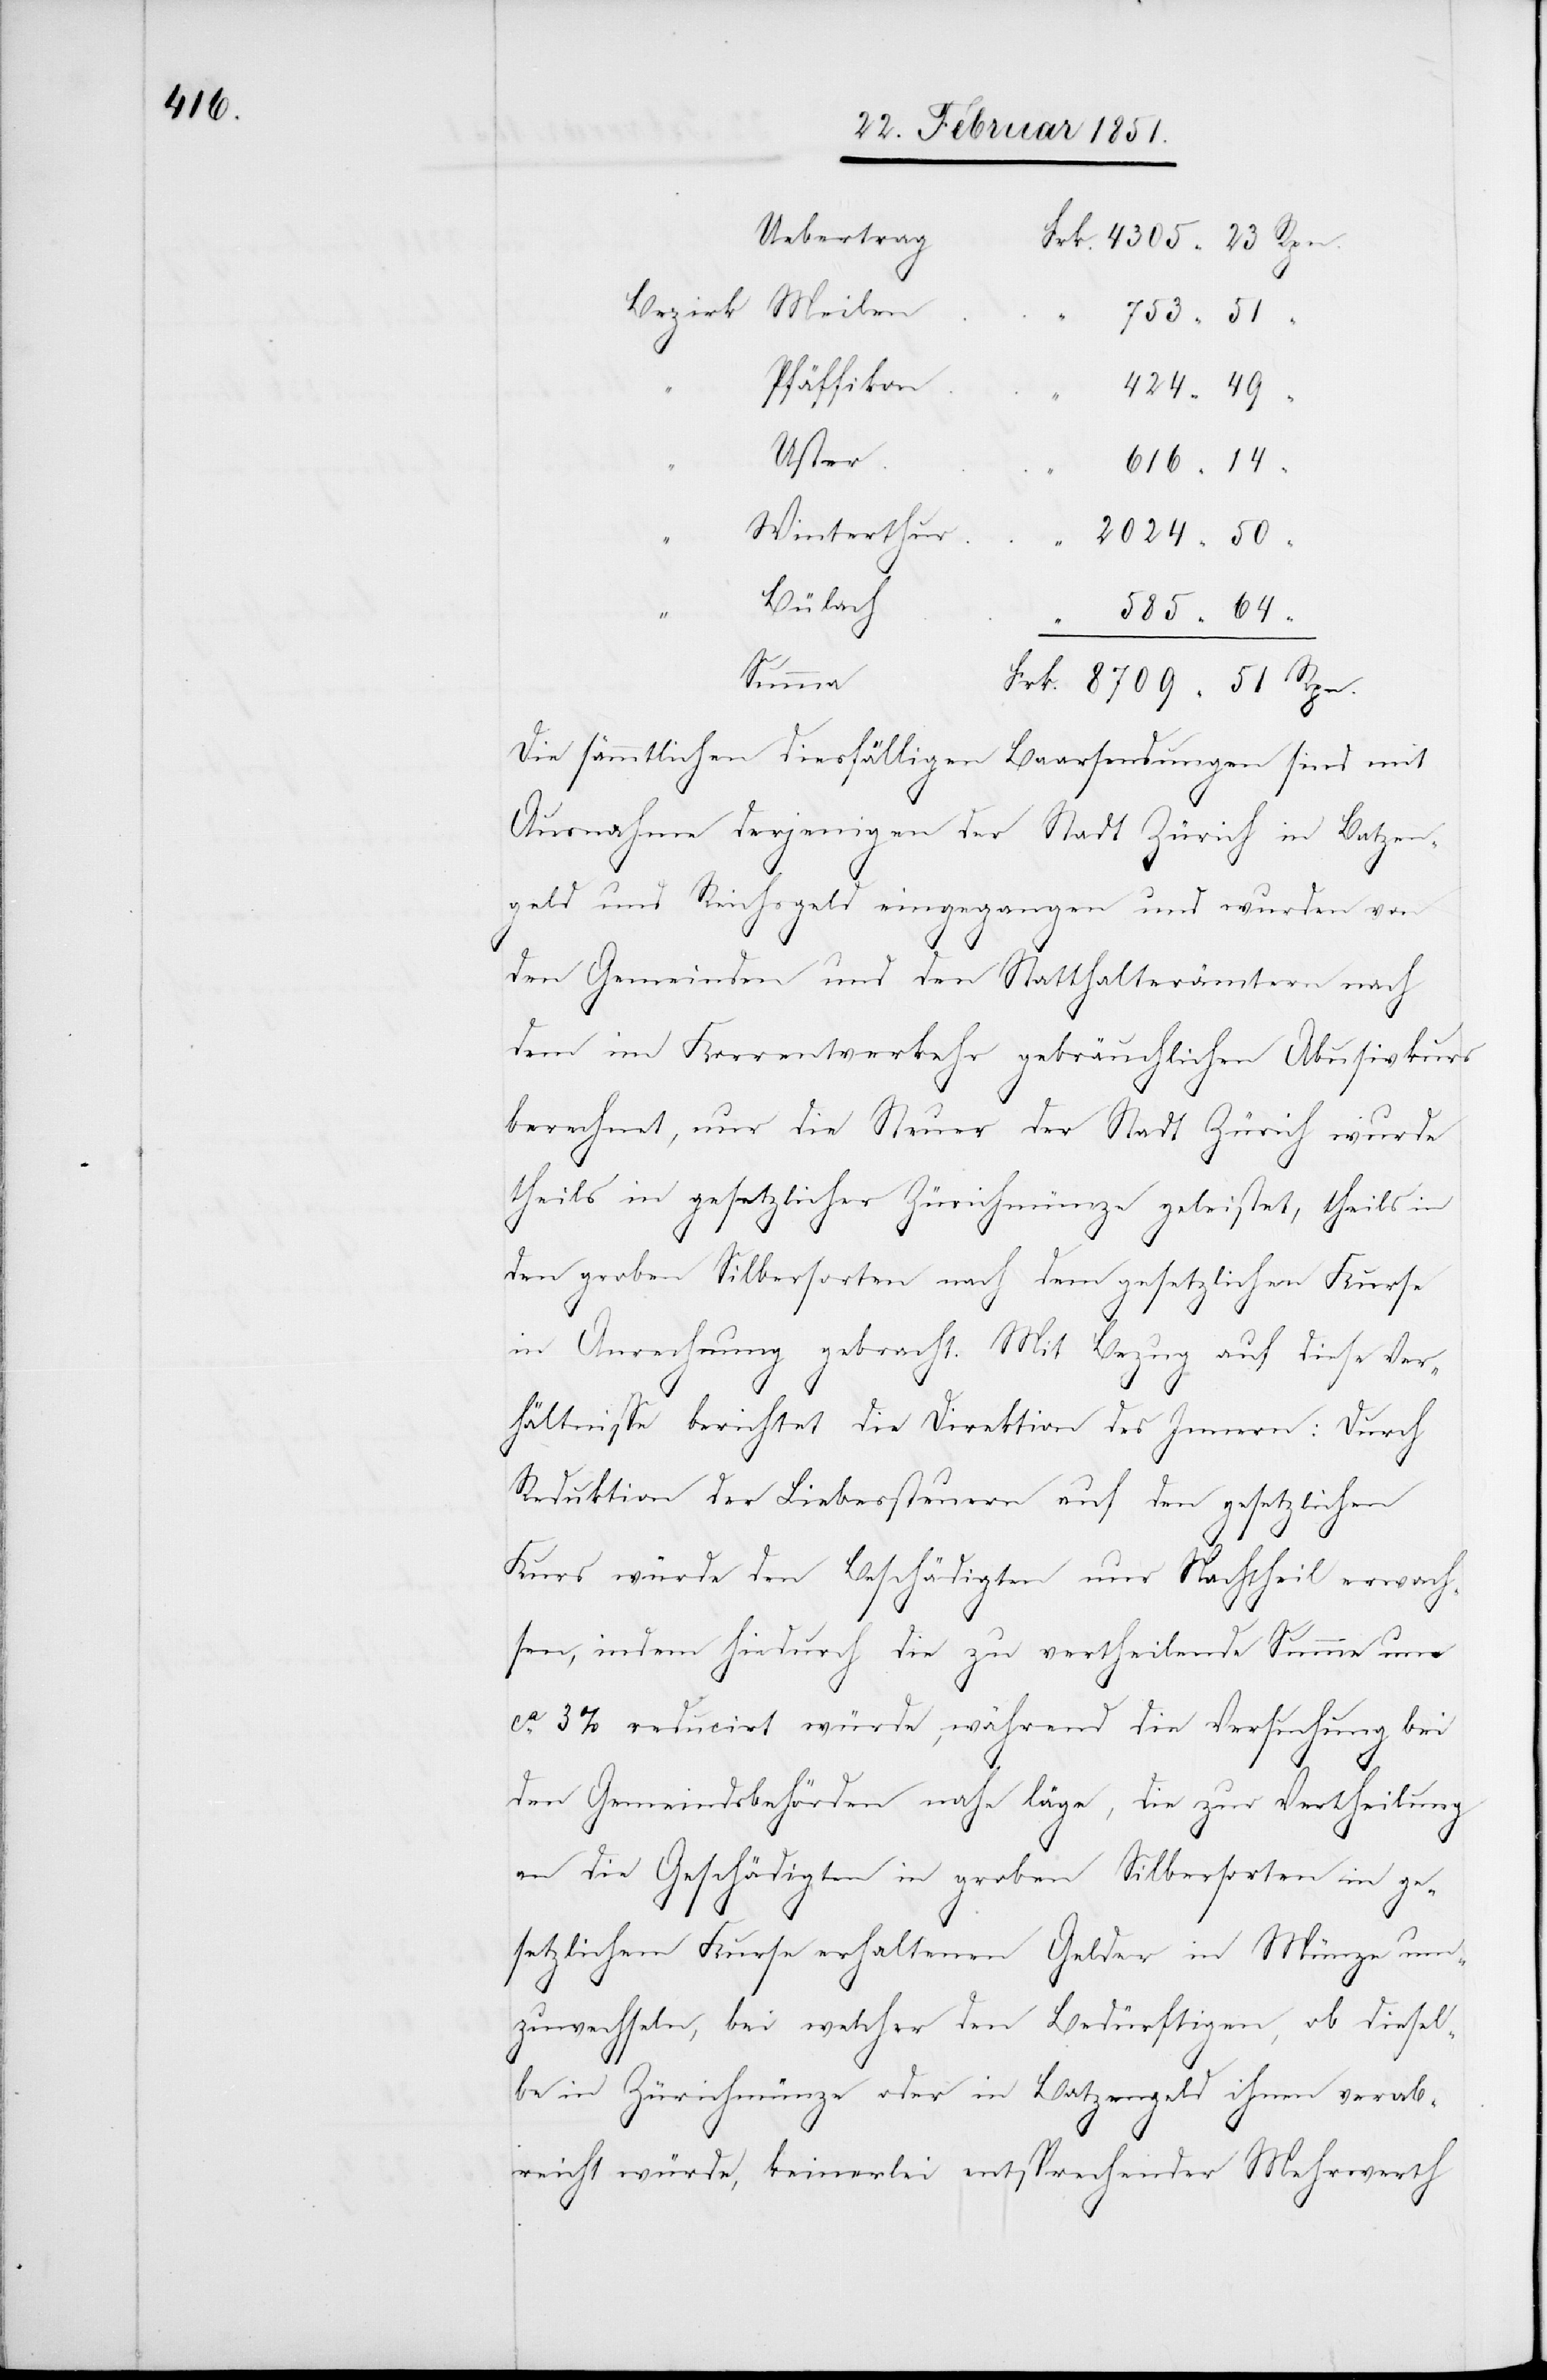
Uebertrag
Pfäffikon
Uster
Winterthur
Bülach
Summa
Die sämmtlichen diesfälligen Baarsendungen sind mit
Ausnahme derjenigen der Stadt Zürich in Batzen¬
geld und Reichsgeld eingegangen und wurden von
den Gemeinden und den Statthalterämtern nach
dem im Korrentverkehr gebräuchlichen Abusivkurs
berechnet, nur die Steuer der Stadt Zürich wurde
theils in gesetzlicher Zürichmünze geleistet, theils in
den groben Silbersorten nach dem gesetzlichen Kurse
in Anrechnung gebracht. Mit Bezug auf diese Ver¬
hältnisse berichtet die Direktion des Innern: Durch
Reduktion der Liebessteuern auf den gesetzlichen
Kurs würde den Beschädigten nur Nachtheil erwach¬
sen, indem hiedurch die zu vertheilende Summe um
ca. 3% reducirt würde, während die Versuchung bei
den Gemeindsbehörden nahe läge, die zur Vertheilung
an die Geschädigten in groben Silbersorten in ge¬
setzlichem Kurse erhaltenen Gelder in Münze um¬
51
zuwechseln, bei welcher den Bedürftigen, ob diesel¬
be in Zürichmünze oder in Batzengeld ihnen verab¬
reicht würde, keinerlei entsprechender Mehrwerth